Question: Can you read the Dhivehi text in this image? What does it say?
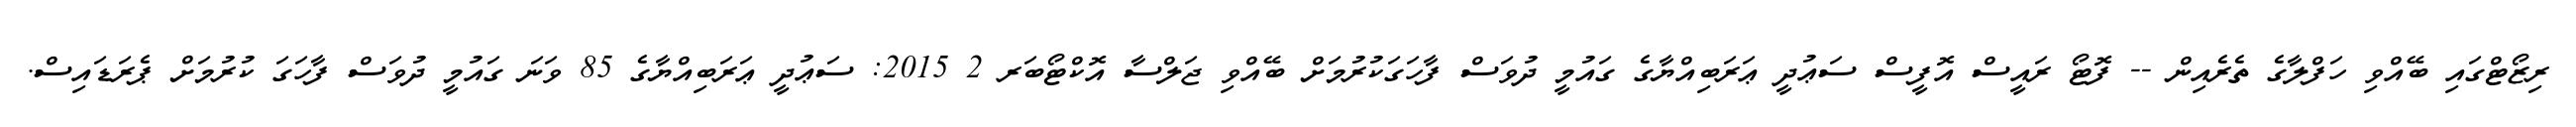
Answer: ރިޒޯޓްގައި ބޭއްވި ހަފްލާގެ ތެރެއިން -- ފޮޓޯ ރައީސް އޮފީސް ސަޢުދީ ޢަރަބިއްޔާގެ ގައުމީ ދުވަސް ފާހަގަކުރުމަށް ބޭއްވި ޖަލްސާ އޮކްޓޯބަރ 2 2015: ސަޢުދީ ޢަރަބިއްޔާގެ 85 ވަނަ ގައުމީ ދުވަސް ފާހަގަ ކުރުމަށް ޕެރަޑައިސް.